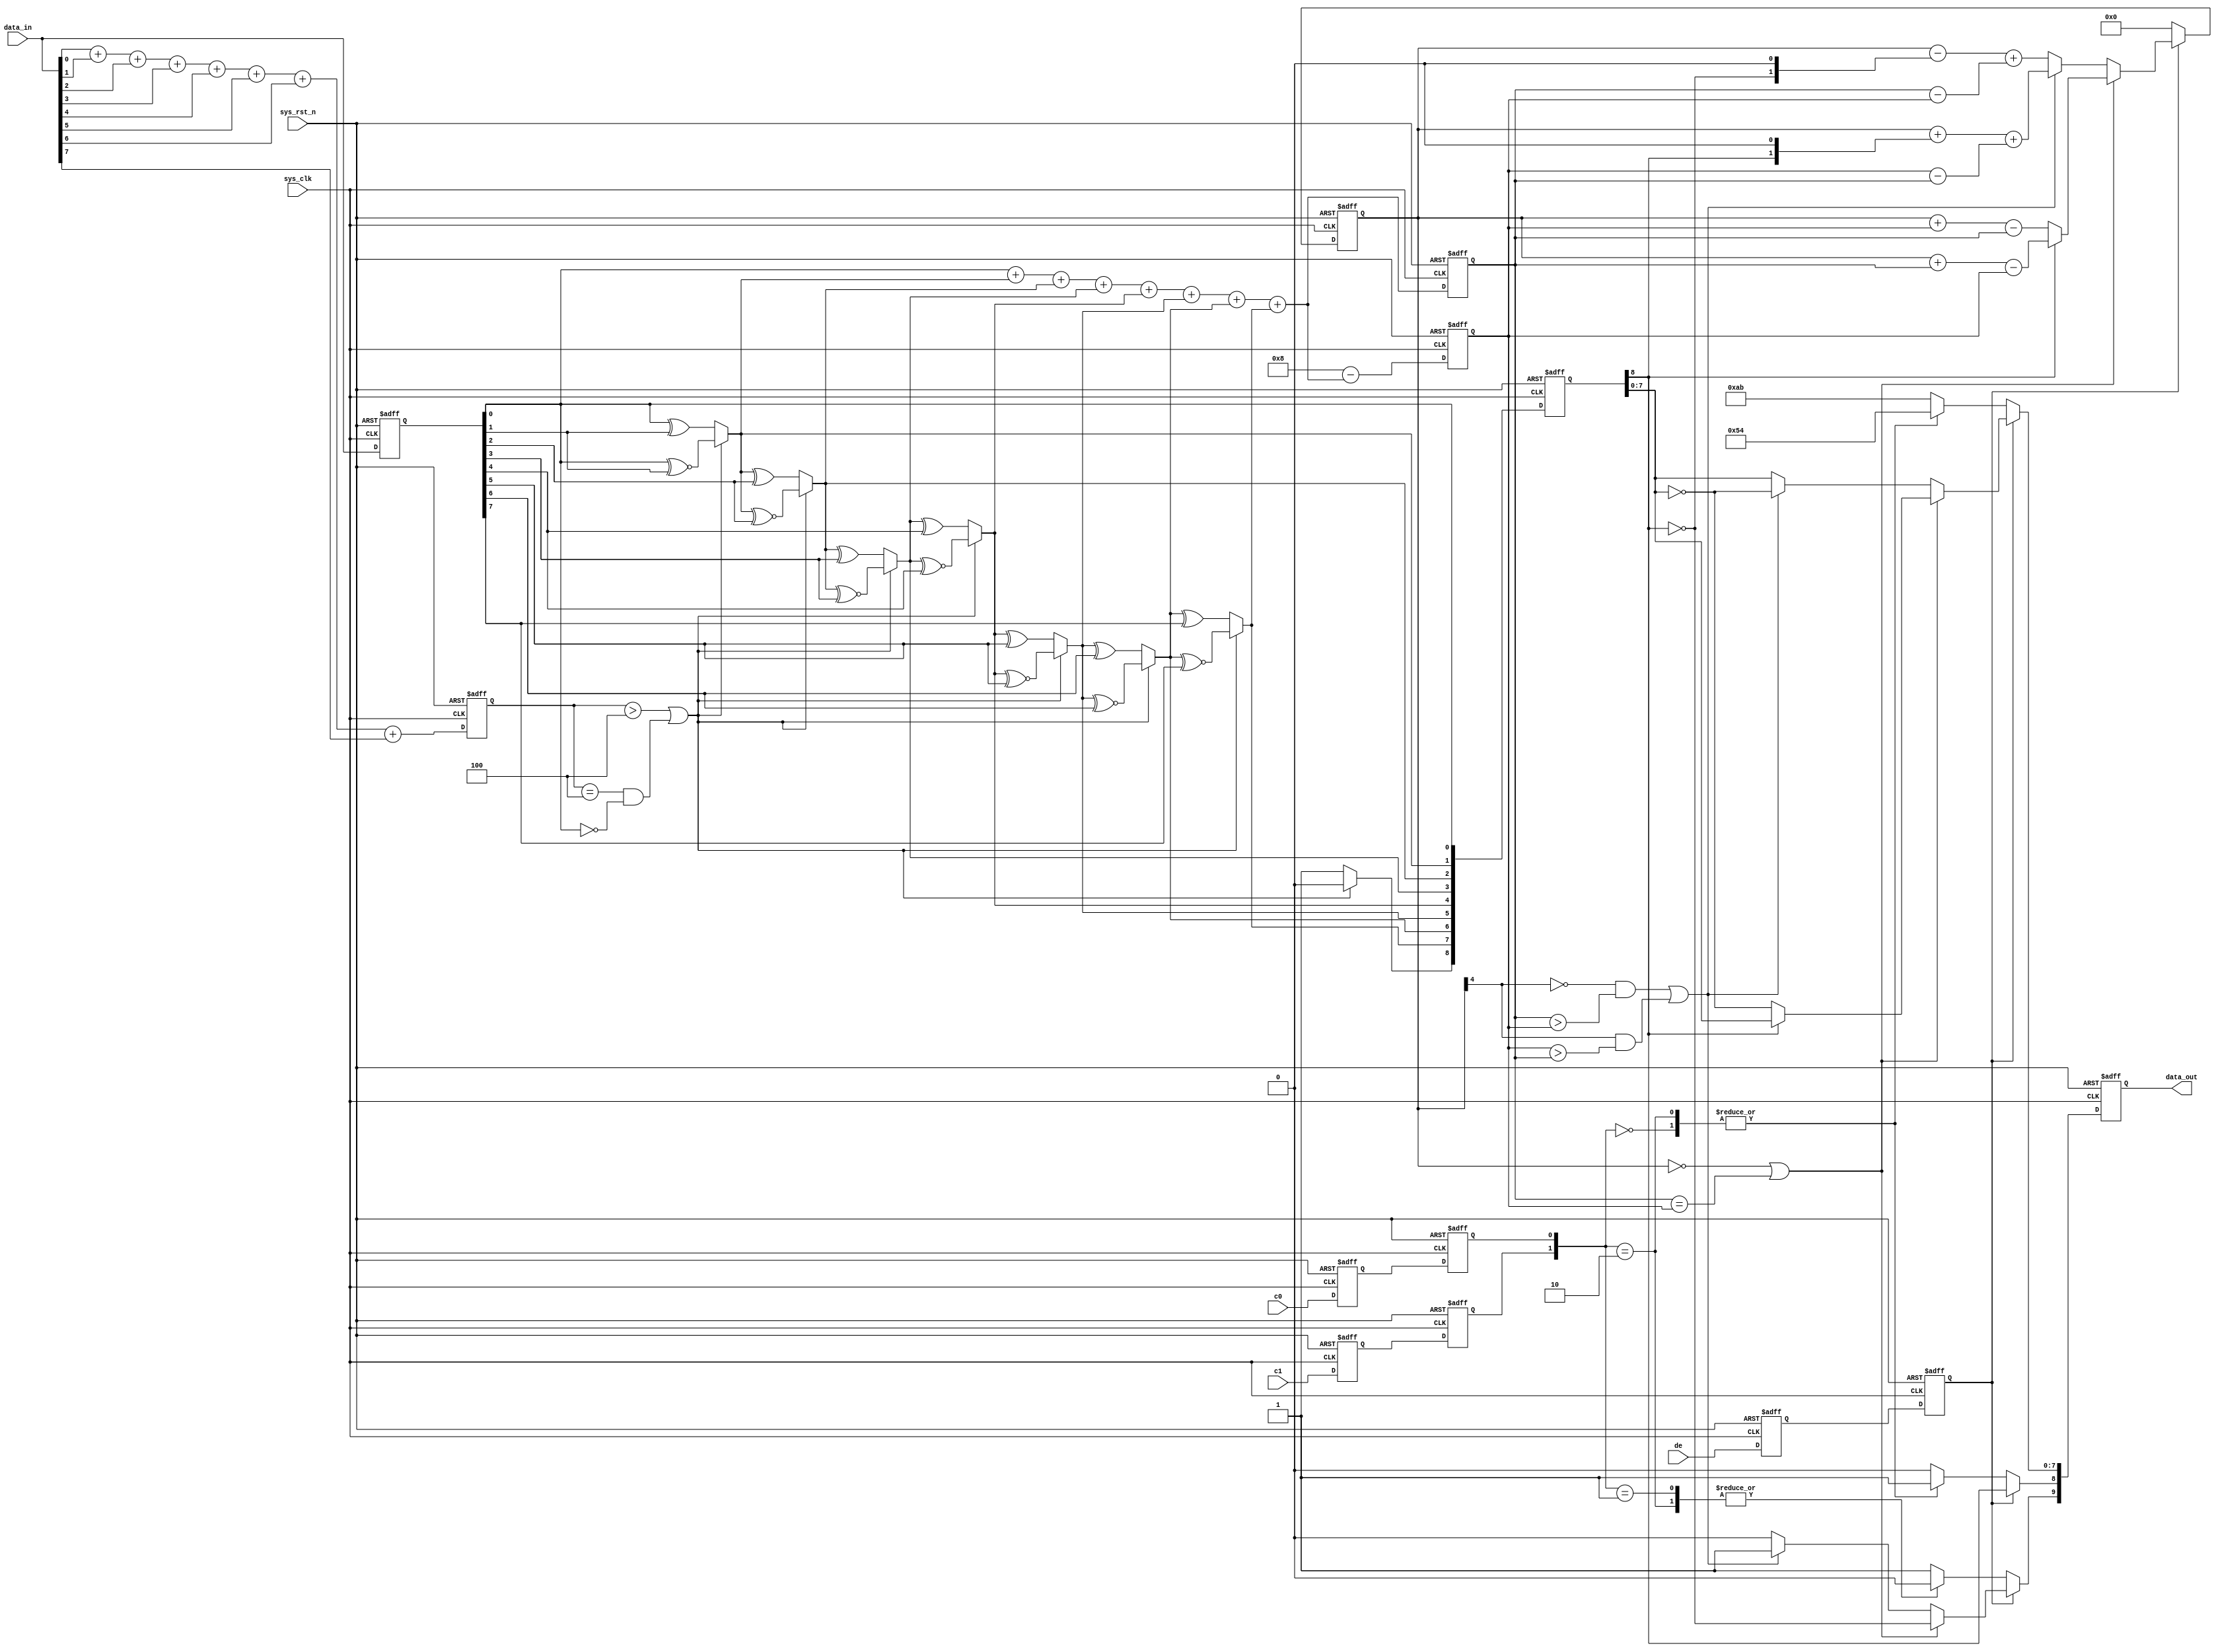
`timescale  1ns/1ns
////////////////////////////////////////////////////////////////////////
// Module Name   : encode
// Project Name  : hdmi_colorbar
// Target Devices: Altera EP4CE10F17C8N
// Tool Versions : Quartus 13.0
// Description   : 8b10b
// 
// Revision      : V1.0
// Additional Comments:
// 
// : _Pro_FPGA
//     : http://www.embedfire.com
//     : http://www.firebbs.cn
//     : https://fire-stm32.taobao.com
////////////////////////////////////////////////////////////////////////


module  encode
(
    input   wire            sys_clk     ,   //
    input   wire            sys_rst_n   ,   //,
    input   wire    [7:0]   data_in     ,   //8bit
    input   wire            c0          ,   //c0
    input   wire            c1          ,   //c1
    input   wire            de          ,   //

    output  reg     [9:0]   data_out        //10bit
);

//********************************************************************//
//****************** Parameter and Internal Signal *******************//
//********************************************************************//
//parameter define
parameter   DATA_OUT0   =   10'b1101010100,
            DATA_OUT1   =   10'b0010101011,
            DATA_OUT2   =   10'b0101010100,
            DATA_OUT3   =   10'b1010101011;

//wire  define
wire            condition_1 ;   //1
wire            condition_2 ;   //2
wire            condition_3 ;   //3
wire    [8:0]   q_m         ;   //9bit

//reg   define
reg     [3:0]   data_in_n1  ;   //1
reg     [7:0]   data_in_reg ;   //
reg     [3:0]   q_m_n1      ;   //9bit1
reg     [3:0]   q_m_n0      ;   //9bit0
reg     [4:0]   cnt         ;   //,0-1,
reg             de_reg1     ;   //
reg             de_reg2     ;   //
reg             c0_reg1     ;   //c0
reg             c0_reg2     ;   //c0
reg             c1_reg1     ;   //c1
reg             c1_reg2     ;   //c1
reg     [8:0]   q_m_reg     ;   //q_m

//********************************************************************//
//***************************** Main Code ****************************//
//********************************************************************//
//data_in_n1:1
always@(posedge sys_clk or negedge sys_rst_n)
    if(sys_rst_n == 1'b0)
        data_in_n1  <=  4'd0;
    else
        data_in_n1  <=  data_in[0] + data_in[1] + data_in[2]
                        + data_in[3] + data_in[4] + data_in[5]
                        + data_in[6] + data_in[7];

//data_in_reg:
always@(posedge sys_clk or negedge sys_rst_n)
    if(sys_rst_n == 1'b0)
        data_in_reg <=  8'b0;
    else
        data_in_reg <=  data_in;

//condition_1:1
assign  condition_1 = ((data_in_n1 > 4'd4) || ((data_in_n1 == 4'd4)
                        && (data_in_reg[0] == 1'b0)));

//q_m:9bit
assign q_m[0] = data_in_reg[0];
assign q_m[1] = (condition_1) ? (q_m[0] ^~ data_in_reg[1]) : (q_m[0] ^ data_in_reg[1]);
assign q_m[2] = (condition_1) ? (q_m[1] ^~ data_in_reg[2]) : (q_m[1] ^ data_in_reg[2]);
assign q_m[3] = (condition_1) ? (q_m[2] ^~ data_in_reg[3]) : (q_m[2] ^ data_in_reg[3]);
assign q_m[4] = (condition_1) ? (q_m[3] ^~ data_in_reg[4]) : (q_m[3] ^ data_in_reg[4]);
assign q_m[5] = (condition_1) ? (q_m[4] ^~ data_in_reg[5]) : (q_m[4] ^ data_in_reg[5]);
assign q_m[6] = (condition_1) ? (q_m[5] ^~ data_in_reg[6]) : (q_m[5] ^ data_in_reg[6]);
assign q_m[7] = (condition_1) ? (q_m[6] ^~ data_in_reg[7]) : (q_m[6] ^ data_in_reg[7]);
assign q_m[8] = (condition_1) ? 1'b0 : 1'b1;

//q_m_n1:9bit1
//q_m_n0:9bit0
always@(posedge sys_clk or negedge sys_rst_n)
    if(sys_rst_n == 1'b0)
        begin
            q_m_n1  <=  4'd0;
            q_m_n0  <=  4'd0;
        end
    else
        begin
            q_m_n1  <=  q_m[0] + q_m[1] + q_m[2] + q_m[3] + q_m[4] + q_m[5] + q_m[6] + q_m[7];
            q_m_n0  <=  4'd8 - (q_m[0] + q_m[1] + q_m[2] + q_m[3] + q_m[4] + q_m[5] + q_m[6] + q_m[7]);
        end

//condition_2:2
assign  condition_2 = ((cnt == 5'd0) || (q_m_n1 == q_m_n0));

//condition_3:3
assign  condition_3 = (((~cnt[4] == 1'b1) && (q_m_n1 > q_m_n0))
                        || ((cnt[4] == 1'b1) && (q_m_n0 > q_m_n1)));

//,
always@(posedge sys_clk or negedge sys_rst_n)
    if(sys_rst_n == 1'b0)
        begin
            de_reg1 <=  1'b0;
            de_reg2 <=  1'b0;
            c0_reg1 <=  1'b0;
            c0_reg2 <=  1'b0;
            c1_reg1 <=  1'b0;
            c1_reg2 <=  1'b0;
            q_m_reg <=  9'b0;
        end
    else
        begin
            de_reg1 <=  de;
            de_reg2 <=  de_reg1;
            c0_reg1 <=  c0;
            c0_reg2 <=  c0_reg1;
            c1_reg1 <=  c1;
            c1_reg2 <=  c1_reg1;
            q_m_reg <=  q_m;
        end

//data_out:10bit
//cnt:,0-1,
always@(posedge sys_clk or negedge sys_rst_n)
    if(sys_rst_n == 1'b0)
        begin
            data_out    <=  10'b0;
            cnt         <=  5'b0;
        end
    else
        begin
            if(de_reg2 == 1'b1)
                begin
                    if(condition_2 == 1'b1)
                        begin
                            data_out[9]     <=  ~q_m_reg[8]; 
                            data_out[8]     <=  q_m_reg[8]; 
                            data_out[7:0]   <=  (q_m_reg[8]) ? q_m_reg[7:0] : ~q_m_reg[7:0];
                            cnt <=  (~q_m_reg[8]) ? (cnt + q_m_n0 - q_m_n1) : (cnt + q_m_n1 - q_m_n0);
                        end
                    else
                        begin
                            if(condition_3 == 1'b1)
                                begin
                                    data_out[9]     <= 1'b1;
                                    data_out[8]     <= q_m_reg[8];
                                    data_out[7:0]   <= ~q_m_reg[7:0];
                                    cnt <=  cnt + {q_m_reg[8], 1'b0} + (q_m_n0 - q_m_n1);
                                end
                            else
                                begin
                                    data_out[9]     <= 1'b0;
                                    data_out[8]     <= q_m_reg[8];
                                    data_out[7:0]   <= q_m_reg[7:0];
                                    cnt <=  cnt - {~q_m_reg[8], 1'b0} + (q_m_n1 - q_m_n0);
                                end
                            
                        end
                end
            else
                begin
                    case    ({c1_reg2, c0_reg2})
                        2'b00:  data_out <= DATA_OUT0;
                        2'b01:  data_out <= DATA_OUT1;
                        2'b10:  data_out <= DATA_OUT2;
                        default:data_out <= DATA_OUT3;
                    endcase
                    cnt <=  5'b0;
                end
        end

endmodule